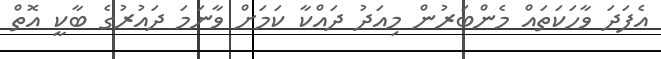
އެފަދަ ވާހަކަތައް މެންބަރުން މިއަދު ދައްކާ ކަމަށް ވާނަމަ ދައުރުގެ ބާކީ އޮތް